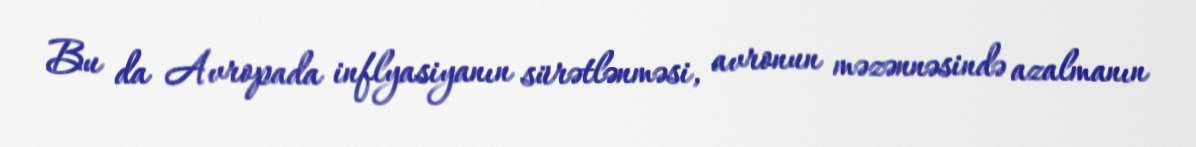
Bu da Avropada inflyasiyanın sürətlənməsi, avronun məzənnəsində azalmanın